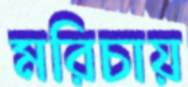
মরিচায়